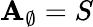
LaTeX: \mathbf{A}_{\emptyset}=S